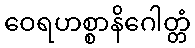
ဝေရဟစ္စာနိဂေါတ္တံ